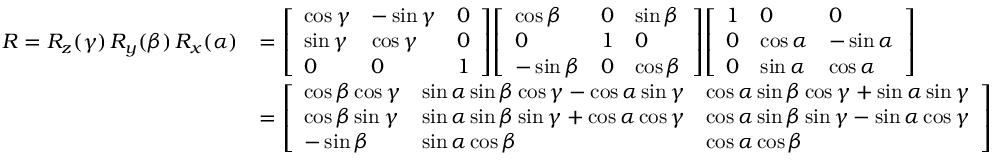
{ \begin{array} { r l } { R = R _ { z } ( \gamma ) \, R _ { y } ( \beta ) \, R _ { x } ( \alpha ) } & { = { \left[ \begin{array} { l l l } { \cos \gamma } & { - \sin \gamma } & { 0 } \\ { \sin \gamma } & { \cos \gamma } & { 0 } \\ { 0 } & { 0 } & { 1 } \end{array} \right] } { \left[ \begin{array} { l l l } { \cos \beta } & { 0 } & { \sin \beta } \\ { 0 } & { 1 } & { 0 } \\ { - \sin \beta } & { 0 } & { \cos \beta } \end{array} \right] } { \left[ \begin{array} { l l l } { 1 } & { 0 } & { 0 } \\ { 0 } & { \cos \alpha } & { - \sin \alpha } \\ { 0 } & { \sin \alpha } & { \cos \alpha } \end{array} \right] } } \\ & { = { \left[ \begin{array} { l l l } { \cos \beta \cos \gamma } & { \sin \alpha \sin \beta \cos \gamma - \cos \alpha \sin \gamma } & { \cos \alpha \sin \beta \cos \gamma + \sin \alpha \sin \gamma } \\ { \cos \beta \sin \gamma } & { \sin \alpha \sin \beta \sin \gamma + \cos \alpha \cos \gamma } & { \cos \alpha \sin \beta \sin \gamma - \sin \alpha \cos \gamma } \\ { - \sin \beta } & { \sin \alpha \cos \beta } & { \cos \alpha \cos \beta } \end{array} \right] } } \end{array} }